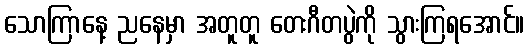
သောကြာနေ့ ညနေမှာ အတူတူ တေးဂီတပွဲကို သွားကြရအောင်။